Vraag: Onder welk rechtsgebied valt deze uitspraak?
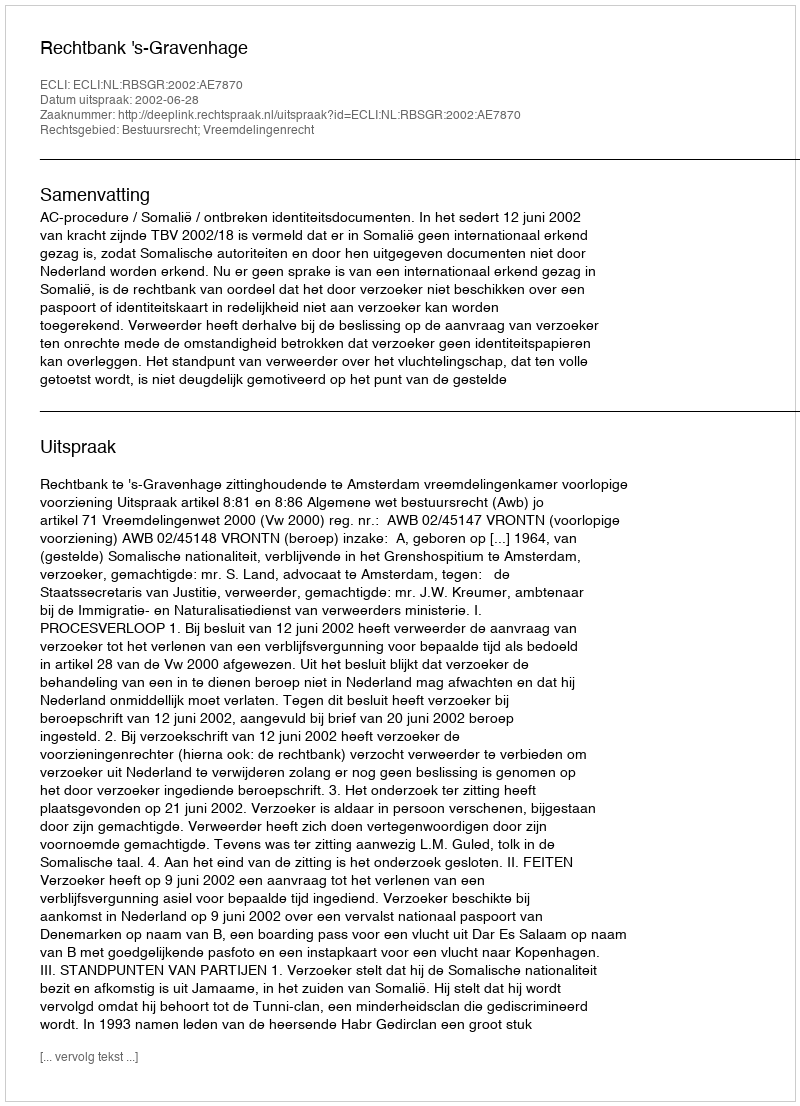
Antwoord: Bestuursrecht; Vreemdelingenrecht